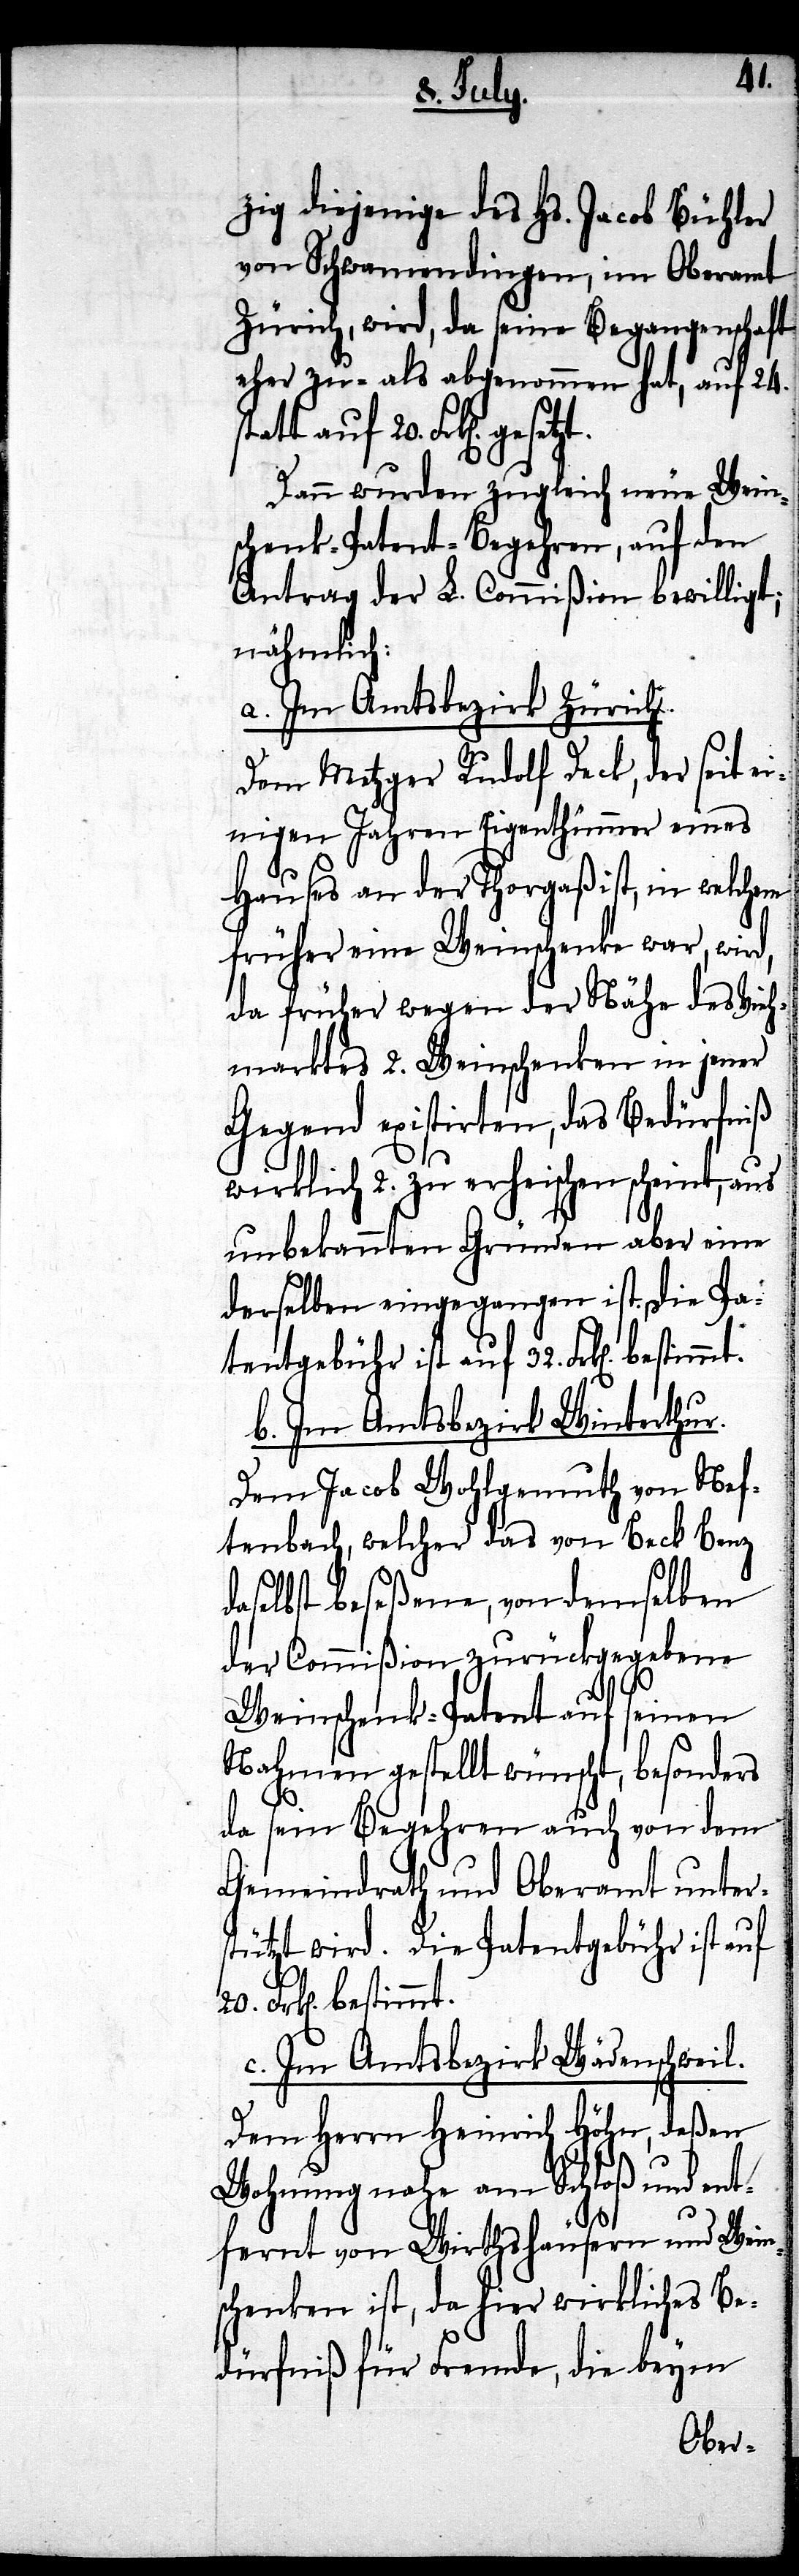
s¬
zig diejenige des Hs. Jacob Bühler
von Schwamendingen, im Oberamt
Zürich, wird, da seine Begangenschaft
eher zu- als abgenommen hat, auf 24.
tatt auf 20. Frk[en].
Dann wurden sogleich neue Wein¬
schenk-Patent-Begehren, auf den
Antrag der L. Commißion bewilligt;
nähmlich:
a. Im Amtsbezirk Zürich.
Dem Metzger Rudolf Deck, der seit ei¬
nigen Jahren Eigenthümer eines
Hauses an der Thorgaß ist, in welchem
früher eine Weinschenke war, wird,
da früher wegen der Nähe des Vieh¬
marktes 2. Weinschenken in jener
Gegend existirten, das Bedürfniß
wirklich 2. zu erheischen scheint, aus
unbekannten Gründen aber eine
derselben eingegangen ist. Die Pa¬
tentgebühr ist auf 32. Frk[en].
b. Im Amtsbezirk Winterthur.
Dem Jacob Wohlgemuth von Nef¬
tenbach, welcher das von Beck Benz
daselbst beseßene, von demselben
der Commißion zurückgegebene
Weinschenk-Patent auf seinen
Nahmen gestellt wünscht, besonders
da sein Begehren auch von dem
Gemeindrath und Oberamt unter¬
stützt wird. Die Patentgebühr ist auf
Frk[en]. bestimmt.
c. Im Amtsbezirk Wädenschweil.
Dem Herrn Heinrich Höhn, deßen
Wohnung nahe am Schloß und ent¬
fernt von Wirthshäusern und Wein¬
schenken ist, da hier wirkliches Be¬
dürfniß für Fremde, die beym